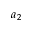
a _ { 2 }